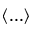
\left< . . . \right>